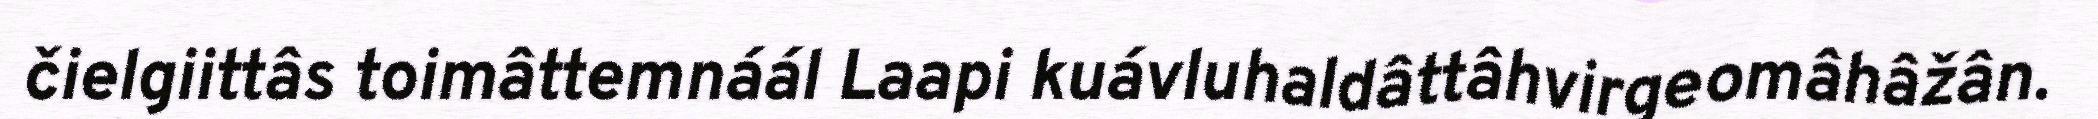
čielgiittâs toimâttemnáál Laapi kuávluhaldâttâhvirgeomâhâžân.